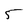
Character: 5